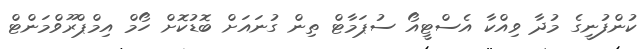
ކުންފުނީގެ މުދާ ވިއްކާ އެސްޓީއޯ ސުޕަމާޓް ތިން ގުނައަށް ބޮޑުކޮށް ހޯމް އިމްޕްރޫވްމަންޓް